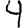
Digit: 4